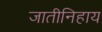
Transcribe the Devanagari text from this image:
जातीनिहाय